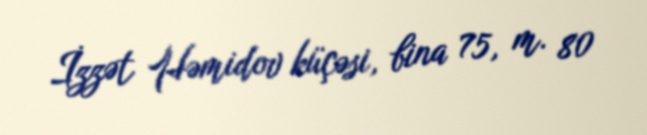
İzzət Həmidov küçəsi, bina 75, m. 80